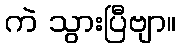
ကဲ သွားပြီဗျာ။